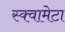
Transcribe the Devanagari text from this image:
स्क्वामेटा